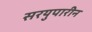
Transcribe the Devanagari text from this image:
सरयुपारीन